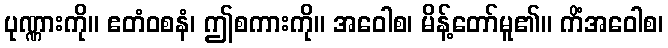
ပုဏ္ဏားကို။ ဧတံဝစနံ၊ ဤစကားကို။ အဝေါစ၊ မိန့်တော်မူ၏။ ကိံအဝေါစ၊